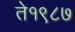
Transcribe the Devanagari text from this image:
ते१९८७